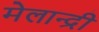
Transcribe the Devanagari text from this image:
मेलान्द्री